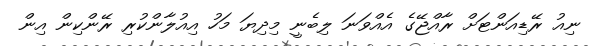
ނިއު ރޭޑިއަންޓަށް ރާއްޖޭގެ އެއްވަނަ ލިބެނީ މިދިޔަ މަހު އިއުލާންކުރި ރޭންކިން އިން